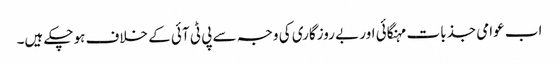
اب عوامی جذبات مہنگائی اور بے روزگاری کی وجہ سے پی ٹی آئی کے خلاف ہوچکے ہیں۔